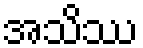
အသိဿ